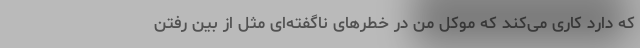
که دارد کاری می‌کند که موکل من در خطر‌های ناگفته‌ای مثل از بین رفتن